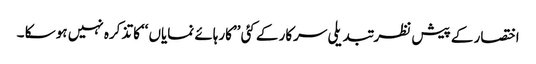
اختصار کے پیش نظر تبدیلی سرکار کے کئی ’’کارہائے نمایاں ‘‘کا تذکرہ نہیں ہو سکا ۔